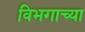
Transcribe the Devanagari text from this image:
विभगाच्या